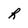
Character: h